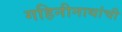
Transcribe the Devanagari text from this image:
गहिनीनाथांची